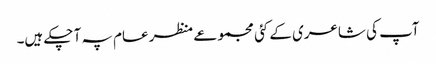
آپ کی شاعری کے کئی مجموعے منظر عام پہ آ چکے ہیں۔